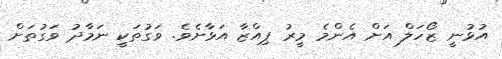
އުޅުނީ ޒޯހަލް އަށް އެންމެ މީރު ޕިއްޒާ އަޅާށެވެ. ވަގުތަކީ ނަމާދު ވަގުތަށް